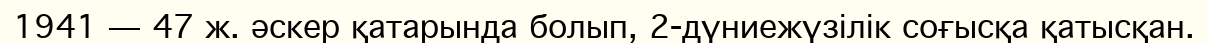
1941 — 47 ж. әскер қатарында болып, 2-дүниежүзілік соғысқа қатысқан.